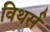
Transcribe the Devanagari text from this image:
विथर्स